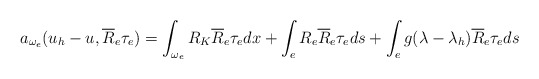
\begin{align*}a_{\omega_e}(u_h-u,\overline{R}_e \tau_e)&= \int_{\omega_e} R_K\overline{R}_e \tau_e dx+ \int_{e} R_e\overline{R}_e \tau_e ds + \int_{e} g(\lambda- \lambda_h)\overline{R}_e \tau_e ds\end{align*}